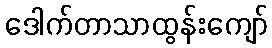
ဒေါက်တာသာထွန်းကျော်